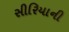
સીરિયાની